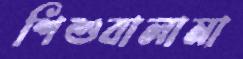
শিশুবালামা